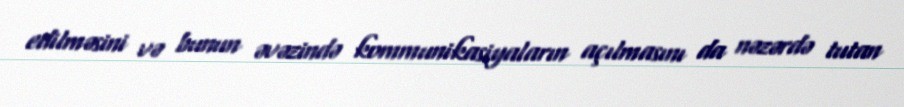
edilməsini və bunun əvəzində kommunikasiyaların açılmasını da nəzərdə tutan